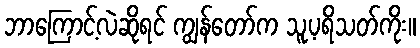
ဘာကြောင့်လဲဆိုရင် ကျွန်တော်က သူ့ပရိသတ်ကိုး။